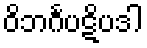
ဝိဘင်္ဂပဋိပဒါ